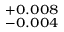
^ { + 0 . 0 0 8 } _ { - 0 . 0 0 4 }